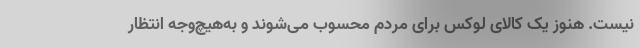
نیست. هنوز یک کالای لوکس برای مردم محسوب می‌شوند و به‌هیچ‌وجه انتظار